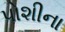
પોશીના